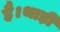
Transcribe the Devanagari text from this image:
है।थाड़ी